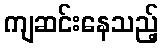
ကျဆင်းနေသည့်